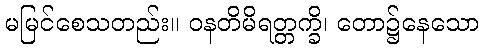
မမြင်စေသတည်း။ ဝနတိမိရတ္တက္ခိ၊ တော၌နေသော